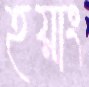
হয়াং